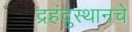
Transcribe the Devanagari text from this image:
द्रहंदुस्थानचे